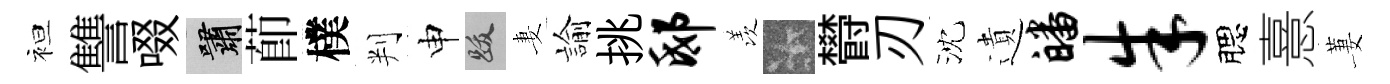
袒讐啜嘯莭樸判申跋妻諭挑邸羡卡欎刃沈遺皤朱腮憙萋